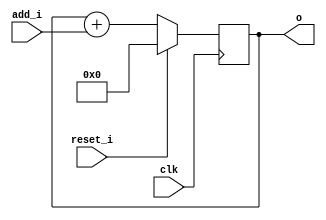
// This program was cloned from: https://github.com/NYU-MLDA/OpenABC
// License: BSD 3-Clause "New" or "Revised" License

module bsg_circular_ptr_slots_p16_max_add_p15
(
  clk,
  reset_i,
  add_i,
  o
);

  input [3:0] add_i;
  output [3:0] o;
  input clk;
  input reset_i;
  wire N0,N1,N2,N3,N4,N5,N6;
  wire [3:0] ptr_n;
  reg [3:0] o;
  assign ptr_n = o + add_i;
  assign { N6, N5, N4, N3 } = (N0)? { 1'b0, 1'b0, 1'b0, 1'b0 } :
                              (N1)? ptr_n : 1'b0;
  assign N0 = reset_i;
  assign N1 = N2;
  assign N2 = ~reset_i;

  always @(posedge clk) begin
    if(1'b1) begin
      { o[3:0] } <= { N6, N5, N4, N3 };
    end
  end


endmodule